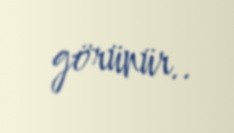
görünür..